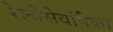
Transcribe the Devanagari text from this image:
रेल्वेसेवांपैकी